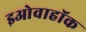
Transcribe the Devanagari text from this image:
इओवाहॉक